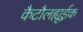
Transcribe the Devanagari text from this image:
कैटौलह्यूईक